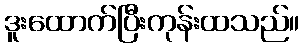
ဒူးထောက်ပြီးကုန်းထသည်။